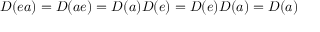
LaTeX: D ( e a ) = D ( a e ) = D ( a ) D ( e ) = D ( e ) D ( a ) = D ( a )